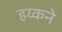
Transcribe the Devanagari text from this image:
हय्कने